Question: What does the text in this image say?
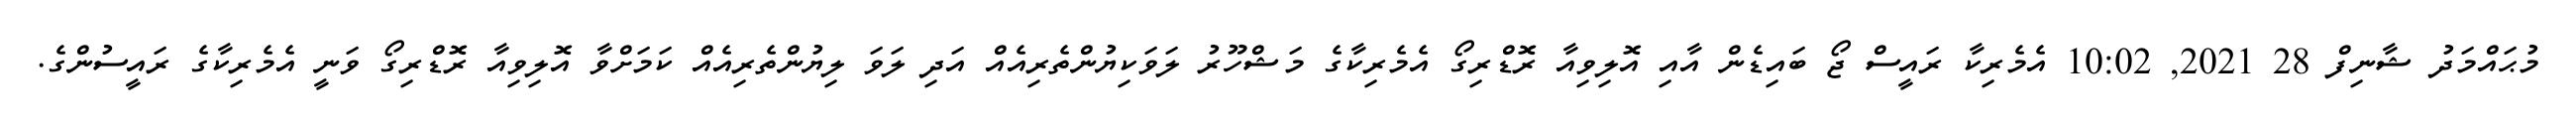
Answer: މުޙައްމަދު ޝާނިފް 28 2021, 10:02 އެމެރިކާ ރައީސް ޖޯ ބައިޑެން އާއި އޮލިވިއާ ރޮޑްރިގޯ އެމެރިކާގެ މަޝްހޫރު ލަވަކިޔުންތެރިއެއް އަދި ލަވަ ލިޔުންތެރިއެއް ކަމަށްވާ އޮލިވިއާ ރޮޑްރިގޯ ވަނީ އެމެރިކާގެ ރައީސުންގެ.